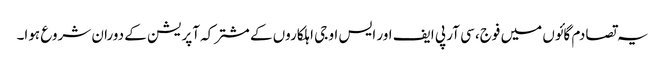
یہ تصادم گائوں میں فوج، سی آر پی ایف اور ایس او جی اہلکاروں کے مشترکہ آپریشن کے دوران شروع ہوا۔